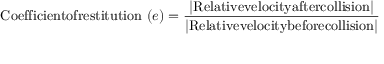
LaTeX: { \mathrm { C o e f f i c i e n t o f r e s t i t u t i o n ~ } } ( e ) = { \frac { \left| { \mathrm { R e l a t i v e v e l o c i t y a f t e r c o l l i s i o n } } \right| } { \left| { \mathrm { R e l a t i v e v e l o c i t y b e f o r e c o l l i s i o n } } \right| } }